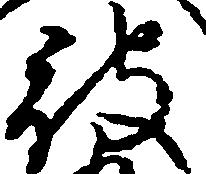
被